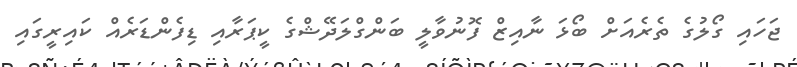
ޖަހައި ގޯލުގެ ތެރެއަށް ބޯޅަ ނާއިޒް ފޮނުވާލީ ބަންގްލަދޭޝްގެ ކީޕަރާއި ޑިފެންޑަރެއް ކައިރީގައި